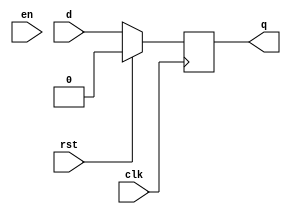
module dff(q,d,en,rst,clk);
    parameter integer WIDTH = 1;
    output reg [WIDTH-1:0] q;
    input wire [WIDTH-1:0] d;
    input wire en;
    input wire rst;
    input wire clk;

    always @(posedge clk)
       if(rst == 1'b1)
          q <= 'b0;
       else 
          q <= d;
        
endmodule